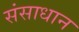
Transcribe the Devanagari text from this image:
संसाधान